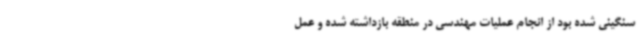
سنگینی شده بود از انجام عملیات مهندسی در منطقه بازداشته شده و عمل